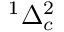
^ { 1 } \Delta _ { c } ^ { 2 }